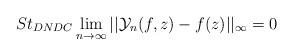
LaTeX: \begin{align*} St_{DNDC}\lim_{n\rightarrow \infty}||\mathcal{Y}_{n}(f,z)-f(z)||_{\infty}=0 \end{align*}